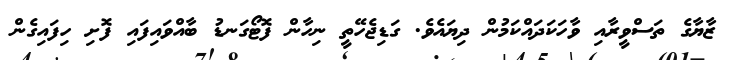
ޒާޔާގެ ތަސްވީރާއި ވާހަކަދައްކަމުން ދިޔައެވެ. ގަޑިޖެހޭތީ ނިހާން ފޮޓޯގަނޑު ބާއްވައިފައި ފޮށި ހިފައިގެން